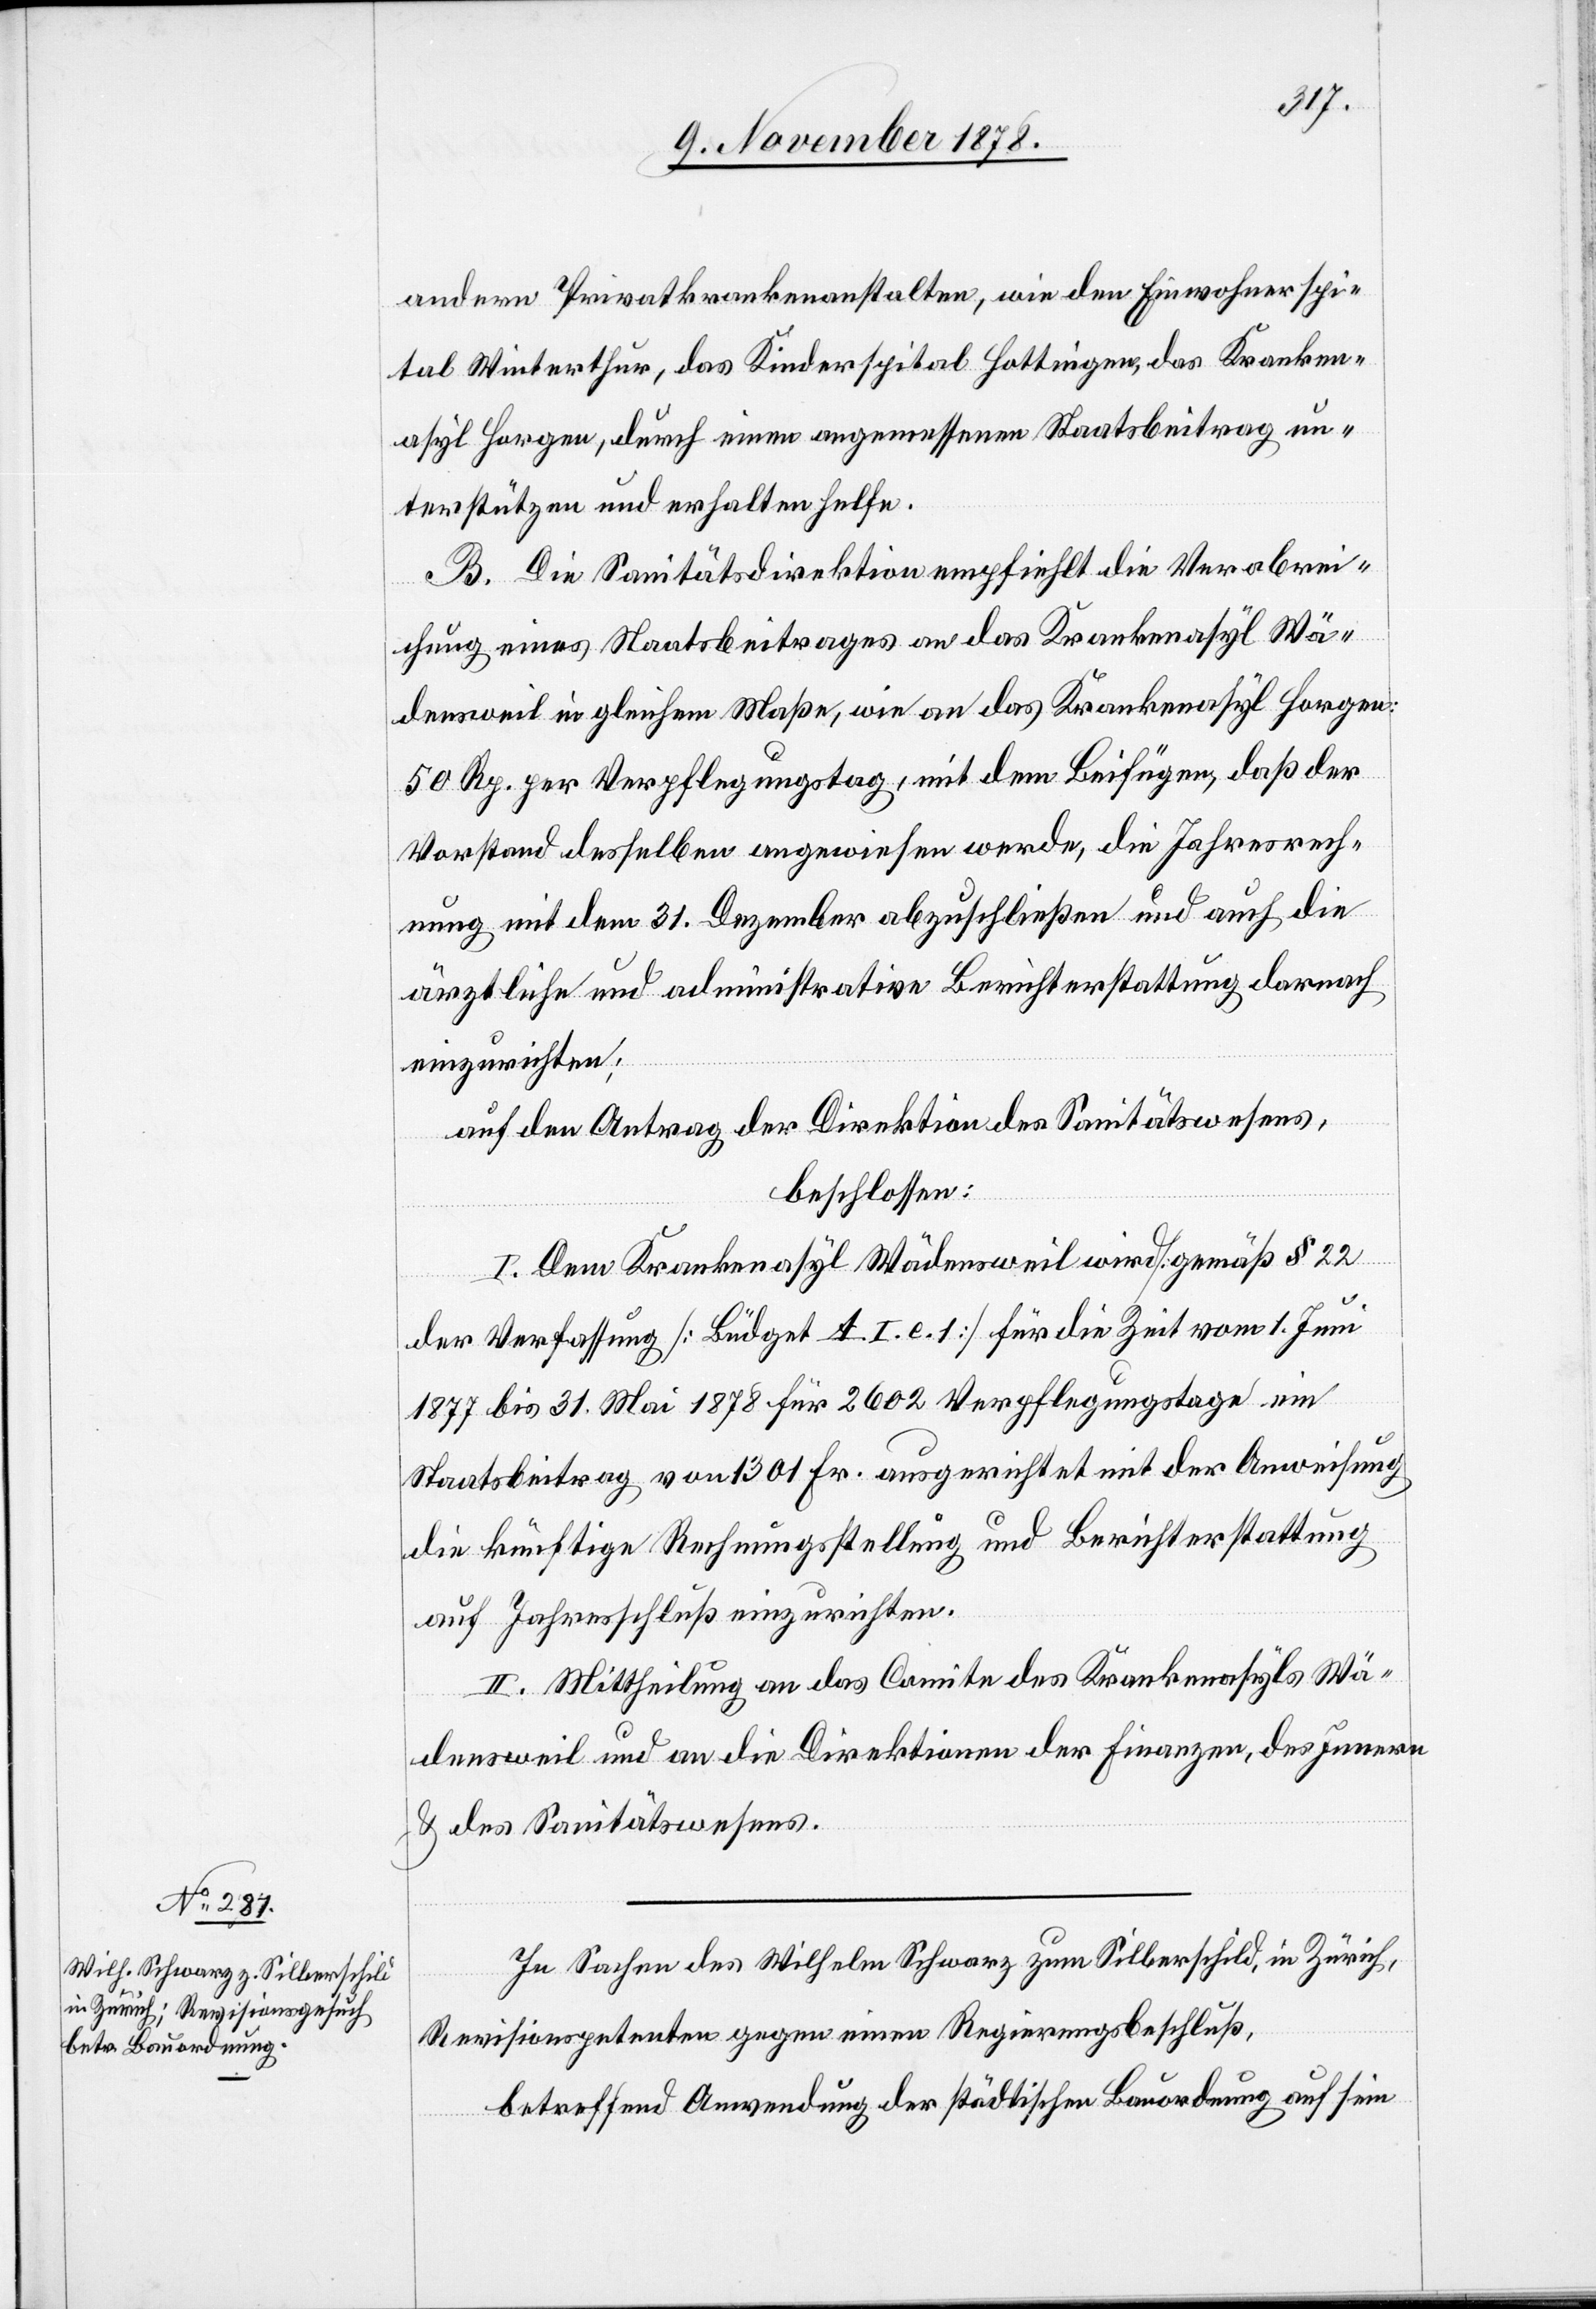
andern Privatkrankenanstalten, wie den Einwohnerspi¬
tal Winterthur, das Kindrspital Hottigen, das Kranken¬
asyl Horgen, durch einen angemessenen Staatsbeitrag un¬
terstützen und erhalten helfe.
B. Die Sanitätsdirektion empfiehlt die Verabrei¬
chung eines Staatsbeitrages an das Krankenasyl Wä¬
densweil in gleichem Maße, wie an das Krankenasyl Horgen:
50 Rp. per Verpflegungstag, mit dem Beifügen, daß der
Vorstand desselben angewiesen werde, die Jahresrech¬
nung mit dem 31. Dezember abzuschließen und auch die
ärztliche und administrative Berichterstatung darnach
einzurichten;
auf den Antrag der Direktion des Sanitätswesens,
beschlossen:
I. Dem Krankenasyl Wädensweil wird [gemäß § 22
der Verfassung] [Büdget A. I. e. 1] für die Zeit vom 1. Juni
1877 bis 31. Mai 1878 für 2602 Verpflegungstage ein
Staatsbeitrag von 1301 Fr. ausgerichtet mit der Anweisung
die künftige Rechnungsstellung und Berichterstattung
auf Jahresschluß einzurichten.
II. Mittheilung an das Comite des Krankenasyls Wä¬
densweil und an die Direktionen der Finanzen, des Innern
& des Sanitätswesens.
In Sachen des Wilhelm Schwarz zum Silberschild, in Zürich,
Revisionspetenten gegen einen Regierungsbeschluß,
betreffend Anwendung der städtischen Bauordnung auf sein